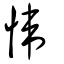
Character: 愇